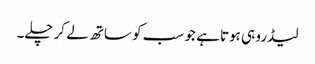
لیڈرو ہی ہوتا ہے جو سب کو ساتھ لے کر چلے۔